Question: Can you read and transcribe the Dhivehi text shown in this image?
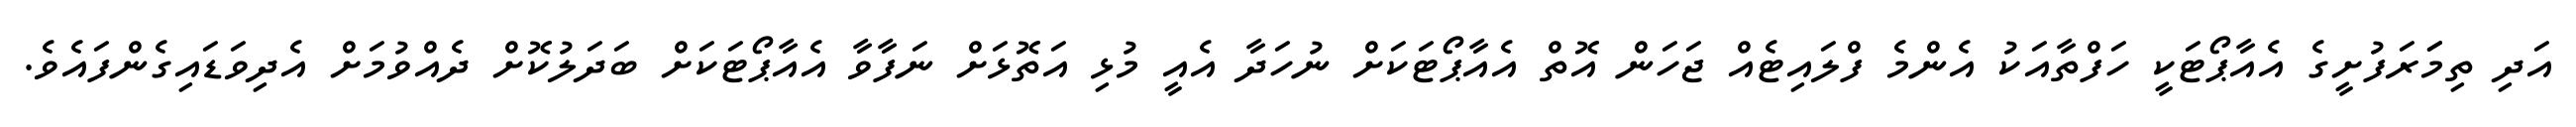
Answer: އަދި ތިމަަރަފުށީގެ އެއާޕޯޓަކީ ހަފްތާއަކު އެންމެ ފްލައިޓެއް ޖަހަން އޮތް އެއާޕޯޓަކަށް ނުހަދާ އެއީ މުޅި އަތޮޅަށް ނަފާވާ އެއާޕޯޓަކަށް ބަދަލުކޮށް ދެއްވުމަށް އެދިވަޑައިގެންފައެވެ.